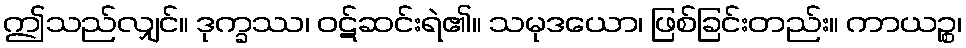
ဤသည်လျှင်။ ဒုက္ခဿ၊ ဝဋ်ဆင်းရဲ၏။ သမုဒယော၊ ဖြစ်ခြင်းတည်း။ ကာယဉ္စ၊